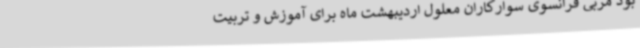
بود مربی فرانسوی سوارکاران معلول اردیبهشت ماه برای آموزش و تربیت